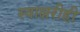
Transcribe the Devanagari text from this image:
स्वाक्षरीही